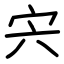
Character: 宍